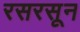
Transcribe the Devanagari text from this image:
रसरसून